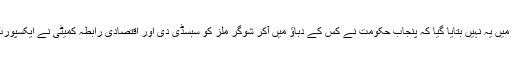
ایف آئی اے کی رپورٹ میں یہ نہیں بتایا گیا کہ پنجاب حکومت نے کس کے دباؤ میں آکر شوگر ملز کو سبسڈی دی اور اقتصادی رابطہ کمیٹی نے ایکسپورٹ کی اجازت کیوں دی؟